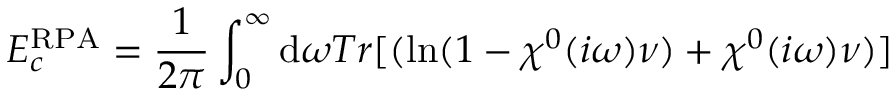
E _ { c } ^ { \mathrm { R P A } } = \frac { 1 } { 2 \pi } \int _ { 0 } ^ { \infty } { \mathrm { d } \omega } T r [ ( \ln ( 1 - \chi ^ { 0 } ( i \omega ) \nu ) + \chi ^ { 0 } ( i \omega ) \nu ) ]